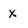
Character: x